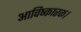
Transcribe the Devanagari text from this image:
आविष्कारक।